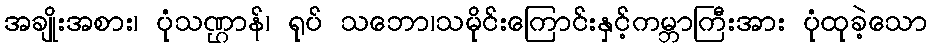
အချိုးအစား၊ ပုံသဏ္ဌာန်၊ ရုပ် သဘော၊သမိုင်းကြောင်းနှင့်ကမ္ဘာကြီးအား ပုံထုခဲ့သော